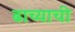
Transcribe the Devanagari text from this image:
ढाच्याची